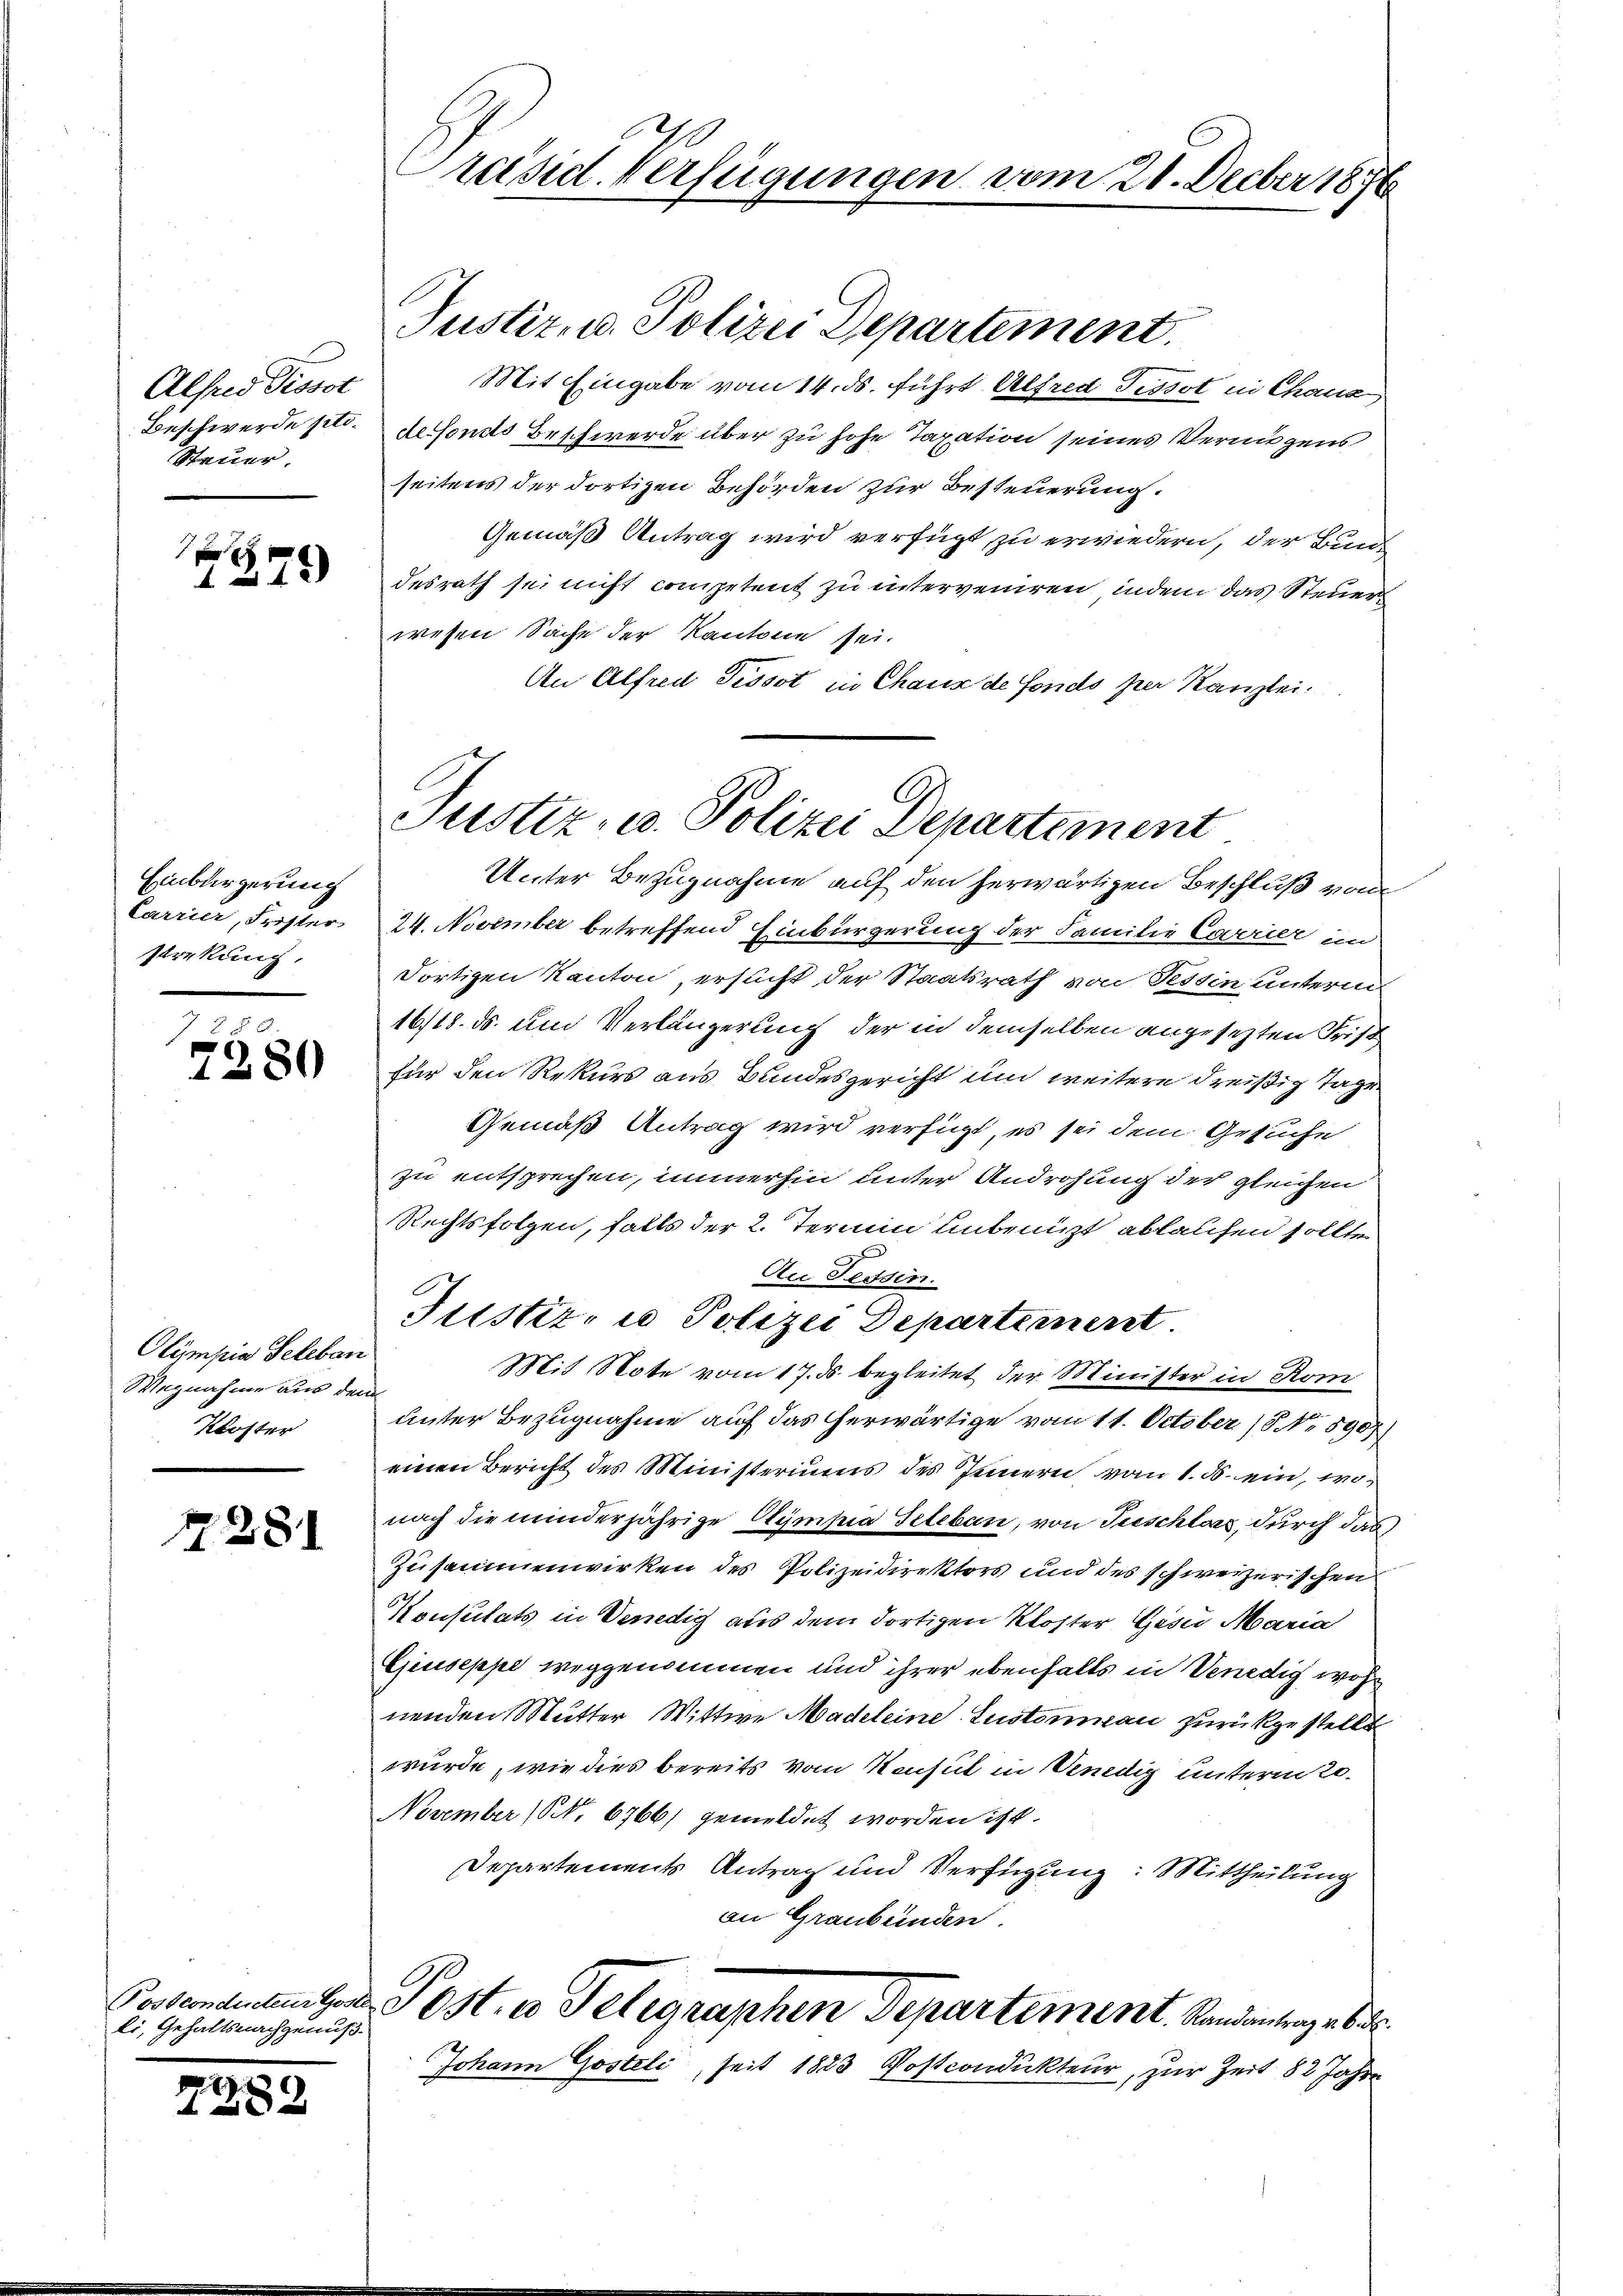
Alfred Pissot
Beschwerde setz.
Steuer.

x
1279)

Einbürgerung
Carrier, Frister
strekung,

7280

Olympia Seleben
Wegnahme aus den
Kloster

2281

li, Gehaltsnachgenuß.

7289

Präsid. Verfügungen vom 21. Decber 1876

Mit Eingabe vom 14. ds. führt Alfred Tissot in Chaus
derfonds Beschwerde über zu hohe Taxation seines Vermögens
seitens der dortigen Behörden zur Besteuerung.
Gemäß Antrag wird verfügt zu erwiedern, der Bundesrath sei nicht competent zu interveniren, indem das Steuer
wesen Sache der Kantone sei.
An Alfred Tissot in Chaus de Fonds per Kanzlei.

Justiz- u. Polizei Departement
Unter Bezugnahme auf den herwärtigen Beschluß von

Justiz- u. Polizei Departement.

24. November betreffend Einbürgerung der Familie Carrier in
dortigen Kanton, ersucht der Staatsrath von Tessin unterm
16/18. ds. und Verlängerung der in demselben angesetzten Frist
für den Rekurs aus Bundesgericht und weitere dreißig Tage
Gemäß Antrag wird verfügt, es sei dem Gesuche
zu entsprechen, immerhin unter Androhung der gleichen
Rechtsfolgen, falls der 2. Termin unbenuzt ablauchen sollten
An Tessin.
Justiz- u Polizei Departement.
Mit Note vom 17. ds. begleitet der Minister in Rom
f
unter Bezugnahme auf das herwärtige vom 11. October 18. No 590
einen Bericht des Ministeriums des Innern vom 1. d. ein, wonach die minderjährige Sympia Teleben, von Tuschloss, durch das
Zusammenwirken des Polizeidirektors und des schweizerischen
Konsulats in Venedig aus dem dortigen Kloster Gesii Maria
Giuseppe weggenommen und ihrer ebenfalls in Venedig wohl
nenden Mutter Wittwe Madeleine Lustoran zurückgestellt
würde, wie dies bereits vom Konsul in Venedig unterm 20.
November (NN. 6766) gemeldet worden ist.
Departements Antrag und Verfügung: Mittheilung
an Graubünden.
Postendetenters Jost, wo Telegraphen Departement. Sandantrages d
Johann Gosteli, seit 1883 Postcondukteur, zur Zeit 82 Jahre